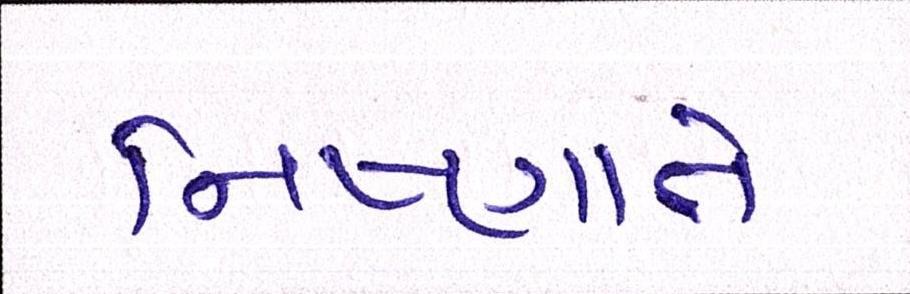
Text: નિષ્ણાતે